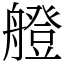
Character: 艠